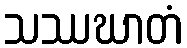
သဿဃာတံ